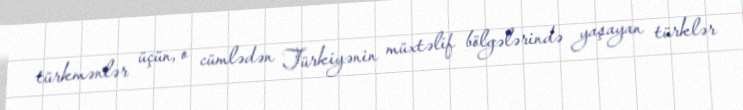
türkmənlər üçün, o cümlədən Türkiyənin müxtəlif bölgələrində yaşayan türklər